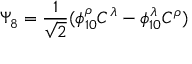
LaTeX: \Psi _ { 8 } = \frac { 1 } { \sqrt { 2 } } ( \phi _ { 1 0 } ^ { \rho } C ^ { \lambda } - \phi _ { 1 0 } ^ { \lambda } C ^ { \rho } )